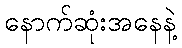
နောက်ဆုံးအနေနဲ့